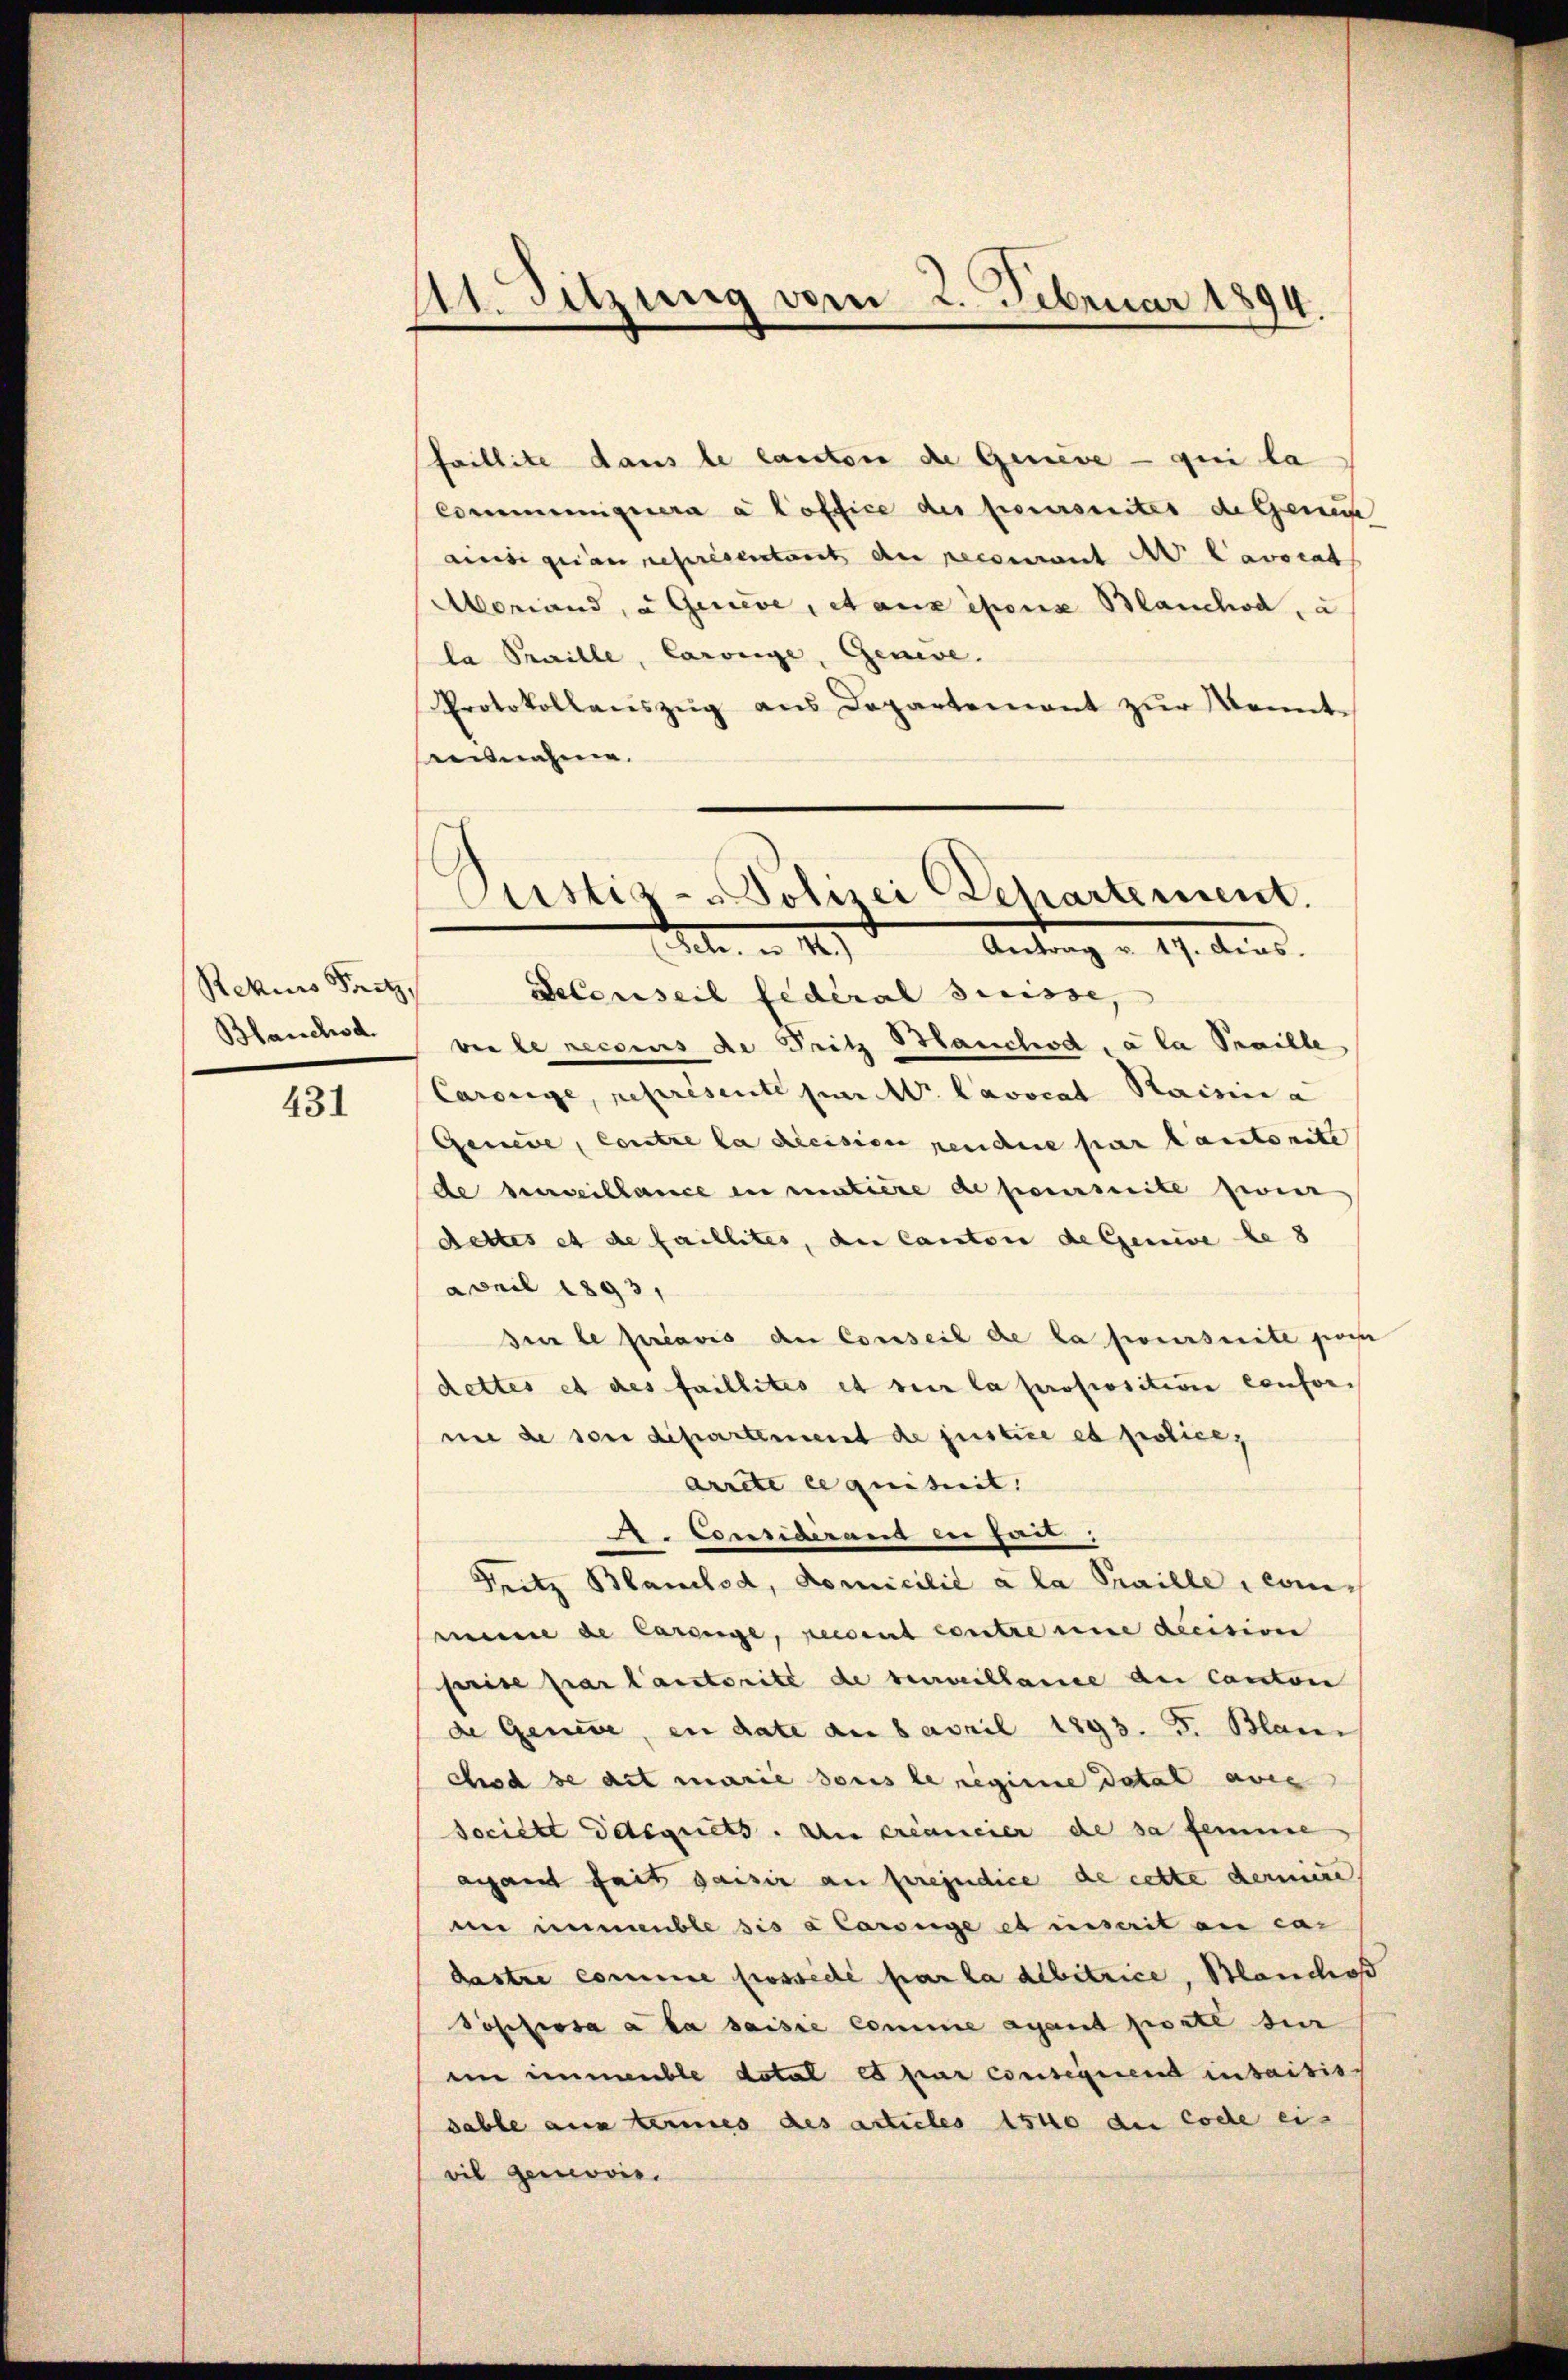
Rekurs Fritz,
Blanchsd.

431

111. Sitzung vom 2. Februar 1894.

faillite dans le canton die Genève — qui la
Communiquera à Coffice des poursuites de Genus
ainsi quan représentant du recomant A. Lavocat
Momiand, u. Geneve, et aux isons Blanchod, a
la Praille, Carbeige, Geneve.
Protokollaŭszŭg ans Departement zŭr Kenntannahme.

Puistis-Polizei Departement.
Mt. n 1.
Antrag v. 17. dens.

Selenseil fédéral Suisse,
vie le neccius de Fritz Hauchod, a la Spaille
Carsiege, représente zur M. Lavocat Raisin a
Gemeine, contre la decision rende par lautenitz
de Beweiblance in matiere de poursuite zweir
dettes et de faillites, der Canton de Genie le 8
April 1893,
sur le préavis der Conseil de la foursuite proche
dettes et des faillites et sein la proposition confornie de son dipartement de justice et policey
Arrete ce quituit.
A. Considerand bei fait;
Fritz Blanclod, Domicilie à la Praille, commine de Carenge, neccent contre une decision
prise par l’autorité de surveillance der Canton
de Genere, en date am 8 April 1893. 5. Blan
cod se dit marie sous le regime dotal avis
societt Deliquets. An créancier de sa femme
aigant fait gaisir au préjudice de cette derniere.
ni immeuble sis a lassige et inscrit an cas
dastre comme fossédé par la debitrice, Blanchoß
Pössissa a la saisie comme ayant porte sie
iin immeuble dotal es par consequend inhaitisch
dable aus termes des articles 1540 die Code ei-
vil gemoris.